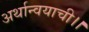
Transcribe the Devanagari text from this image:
अर्थान्वयाची।।